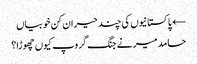
← پاکستانیوں کی چند حیران کن خوبیاں
حامد میر نے جنگ گروپ کیوں چھوڑا؟